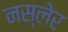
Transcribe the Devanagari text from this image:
नस्लेर